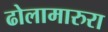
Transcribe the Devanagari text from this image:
ढोलामारुरा